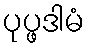
ပုပ္ဖဒါမံ